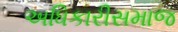
અધિકારીસમાજ